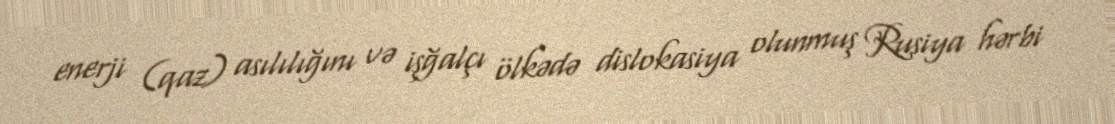
enerji (qaz) asılılığını və işğalçı ölkədə dislokasiya olunmuş Rusiya hərbi